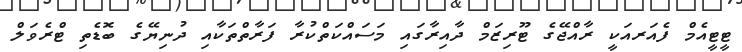
ޓީޓީއެމް ފެއަރއަކީ ރާއްޖޭގެ ޓޫރިޒަމް ދާއިރާގައި މަސައްކަތްކުރާ ފަރާތްތަކާއި ދުނިޔޭގެ ބޮޑެތި ޓްރެވަލް